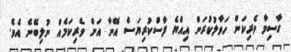
ގާސިމާ ވެރިކަން ހަވާލުކުރަން އިއްޔެ ފާސްކުރިޔަސް އޭނާ އަށް ވެރިކަމެއް ނުލިބޭނެ އެވެ.